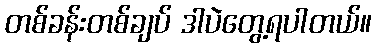
တစ်ခန်းတစ်ချပ် ဒါပဲတွေ့ရပါတယ်။